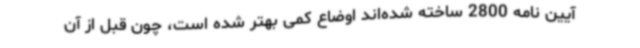
آیین نامه 2800 ساخته شده‌اند اوضاع کمی بهتر شده است، چون قبل از آن